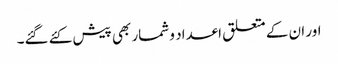
اور ان کے متعلق اعداد و شمار بھی پیش کئے گئے۔